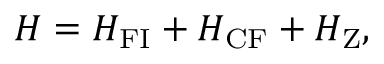
H = H _ { \mathrm { F I } } + H _ { \mathrm { C F } } + H _ { \mathrm { Z } } ,